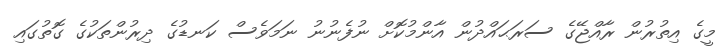
މީގެ އިތުރުން ރާއްޖޭގެ ސަރަޙައްދުން އާންމުކޮށް ނުފެނުނު ނަމަވެސް ކަނޑުގެ ދިރުންތަކުގެ ގޮތުގައި